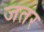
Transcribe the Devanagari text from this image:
जतर